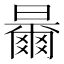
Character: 𣍓